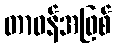
တာဝန်အဖြစ်